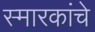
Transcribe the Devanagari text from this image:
स्मारकांचे